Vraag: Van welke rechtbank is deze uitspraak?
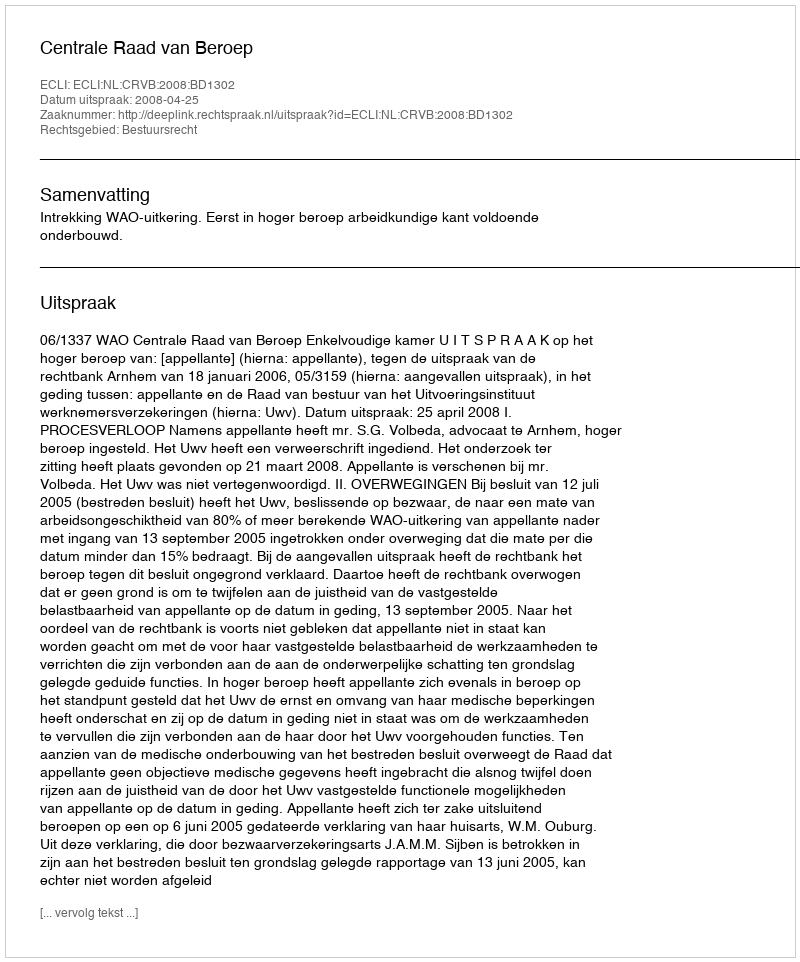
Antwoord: Centrale Raad van Beroep